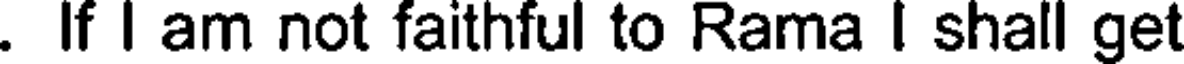
. If I am not faithful to Rama I shall get